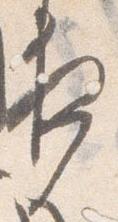
夜